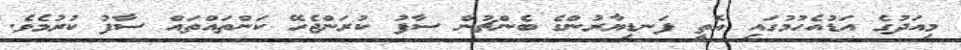
މިއަދުގެ އަޑުއެހުމުގައި އޮތީ ފަނޑިޔާރުންގެ ބެންޗުން ސާފު ކުރަންޖެހޭ ކަންތައްތައް ސާފު ކުރުމެވެ.